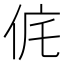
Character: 侂